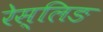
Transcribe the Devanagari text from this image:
रेस्लिङ